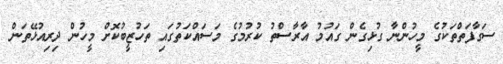
ސަގާފަތްތަކުގެ މީހުންނާ ގުޅިގެން ގައުމު އާރާސްތު ކުރުމުގެ މަސައްކަތުގައި ތަހުޒީބުކޮށް މީހުން ދިރިއުޅޭތަން